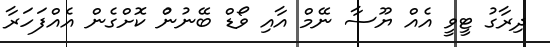
ދިރާގު ޓީވީ އެއް ޔޫސާ ނޭމް އާއި ވޯޑް ބޭނުނުް ކޮށްގެން އެއްފަހަރާ